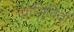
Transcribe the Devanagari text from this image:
प्राणिविदों